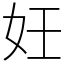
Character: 妊